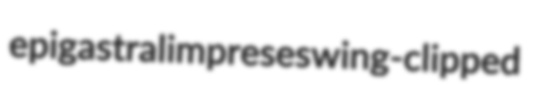
epigastral impreses wing-clipped